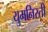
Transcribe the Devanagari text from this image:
युमनिस्ती